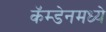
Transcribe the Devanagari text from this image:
कॅम्डेनमध्ये